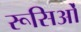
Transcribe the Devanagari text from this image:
रूसिओं